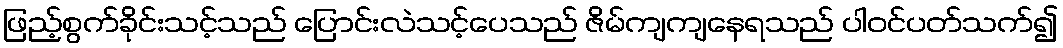
ဖြည့်စွက်ခိုင်းသင့်သည် ပြောင်းလဲသင့်ပေသည် ဇိမ်ကျကျနေရသည် ပါဝင်ပတ်သက်၍